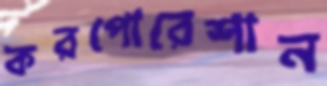
করপোরেশান